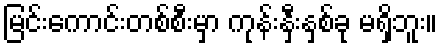
မြင်းကောင်းတစ်စီးမှာ ကုန်းနှီးနှစ်ခု မရှိဘူး။